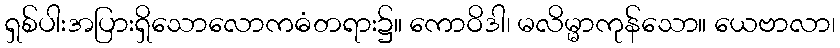
ရှစ်ပါးအပြားရှိသောလောကဓံတရား၌။ ကောဝိဒါ၊ မလိမ္မာကုန်သော။ ယေဗာလာ၊